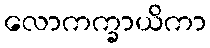
လောကက္ခာယိကာ